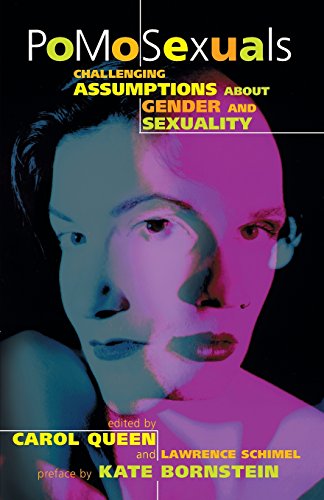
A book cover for PoMoSexuals: Challenging Assumptions About Gender and Sexuality; Carol Queen; Gay & Lesbian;